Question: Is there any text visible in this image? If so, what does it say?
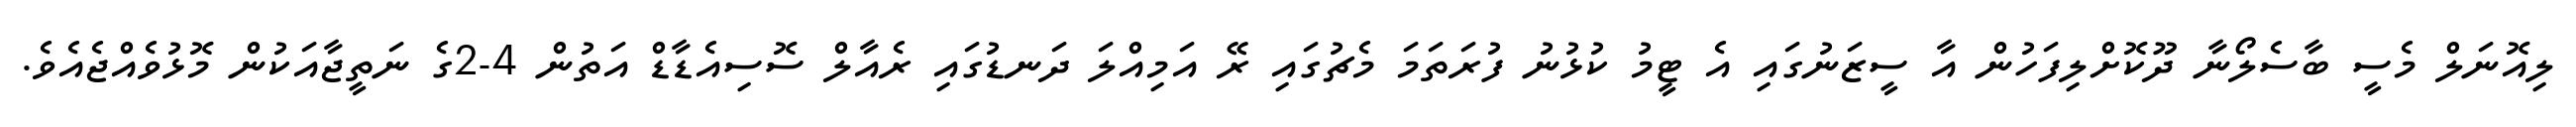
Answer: ލިއޮނަލް މެސީ ބާސެލޯނާ ދޫކޮށްލިފަހުން އާ ސީޒަނުގައި އެ ޓީމު ކުޅުނު ފުރަތަމަ މެޗުގައި ރޭ އަމިއްލަ ދަނޑުގައި ރެއާލް ސޮސިއެޑާޑް އަތުން 4-2ގެ ނަތީޖާއަކުން މޮޅުވެއްޖެއެވެ.